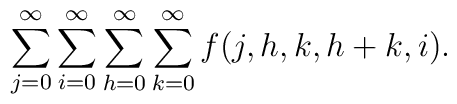
\sum_{j=0}^{\infty }\sum_{i=0}^{\infty }\sum_{h=0}^{\infty}\sum_{k=0}^{\infty }f(j,h,k,h+k,i).